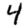
Digit: 4